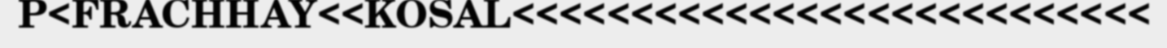
P<FRACHHAY<<KOSAL<<<<<<<<<<<<<<<<<<<<<<<<<<<